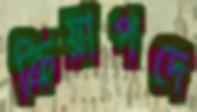
ক্রিয়াপদে